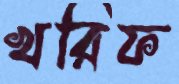
খরিফ